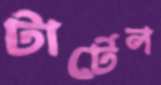
টার্টেল